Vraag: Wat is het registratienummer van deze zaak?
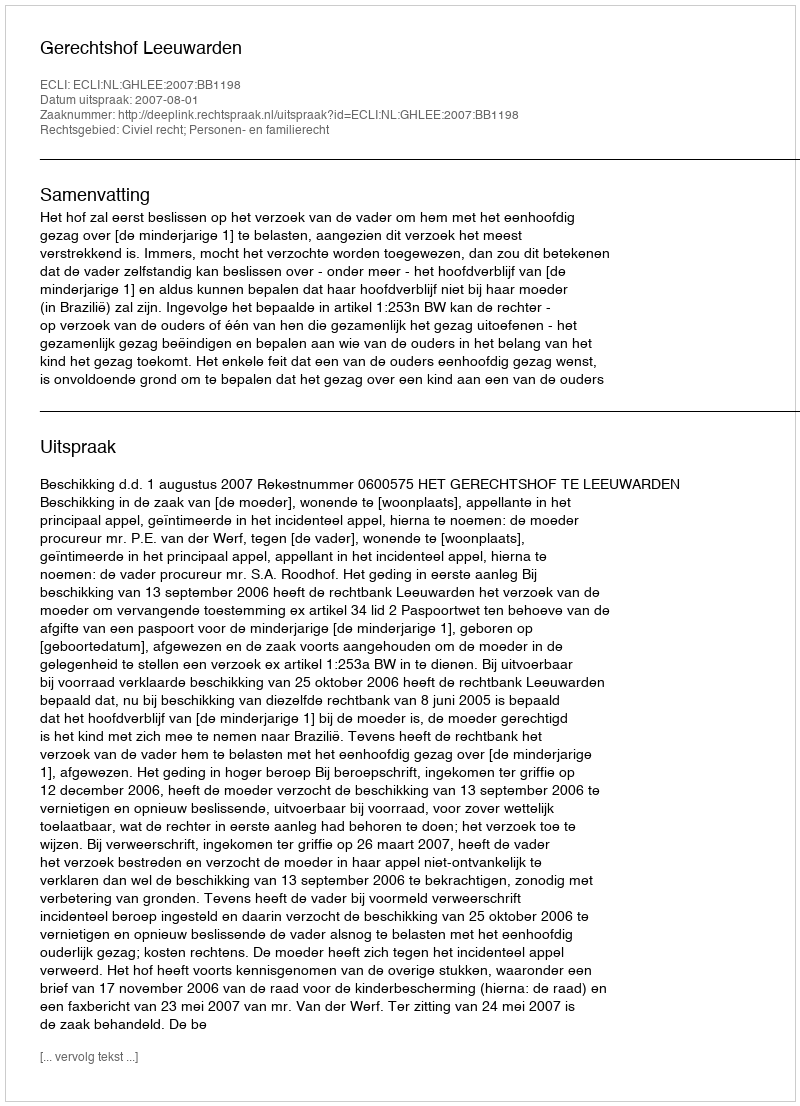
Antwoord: http://deeplink.rechtspraak.nl/uitspraak?id=ECLI:NL:GHLEE:2007:BB1198